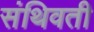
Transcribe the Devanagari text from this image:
संथिवती